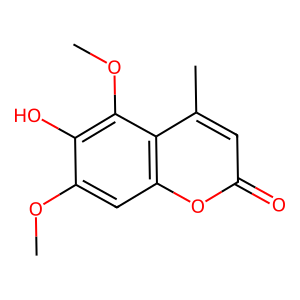
SMILES: COc1cc2oc(=O)cc(C)c2c(OC)c1O
Inhibits HIV replication: No